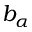
b _ { \alpha }